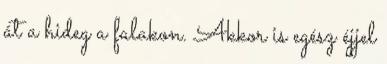
át a hideg a falakon. Akkor is egész éjjel